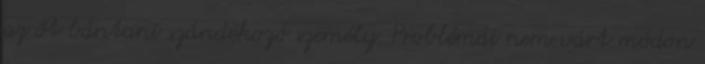
az őt bántani szándékozó személy. Problémái nem várt módon